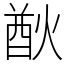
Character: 㷕